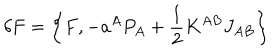
\delta F = \left\{ F , - a ^ { A } P _ { A } + \frac 1 2 K ^ { A B } J _ { A B } \right\}